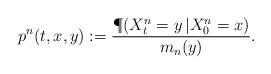
LaTeX: \begin{align*}p^n(t,x,y):=\frac{\P(X^n_t=y\,|X^n_0=x)}{m_n(y)}.\end{align*}